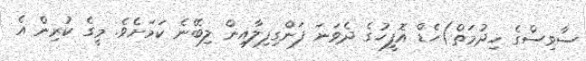
ސާވިސްގެ ޚިދުމަތް)ހެޑް އޮފީހުގެ ދެވަނަ ފަންގިފިލާއިން ލިބޭނެ ކަމަށެވެ. މީގެ ކުރިން އެ